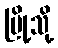
မြို့သို့